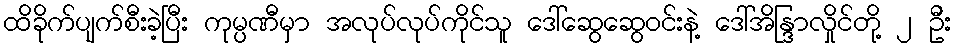
ထိခိုက်ပျက်စီးခဲ့ပြီး ကုမ္ပဏီမှာ အလုပ်လုပ်ကိုင်သူ ဒေါ်ဆွေဆွေဝင်းနဲ့ ဒေါ်အိန္ဒြာလှိုင်တို့ ၂ ဦး